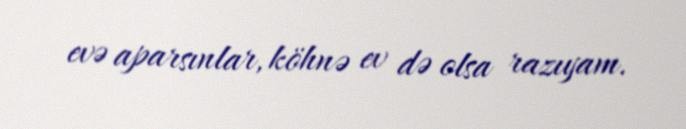
evə aparsınlar, köhnə ev də olsa razıyam.